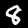
Label: 8